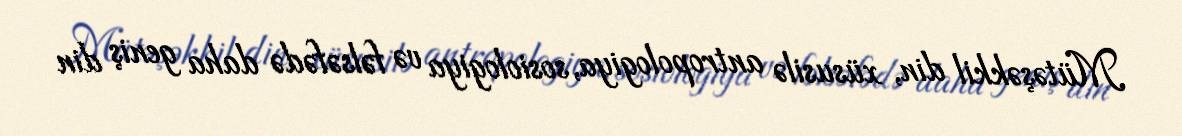
Mütəşəkkil din, xüsusilə antropologiya, sosiologiya və fəlsəfədə daha geniş din